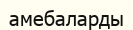
амебаларды